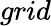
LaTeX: grid